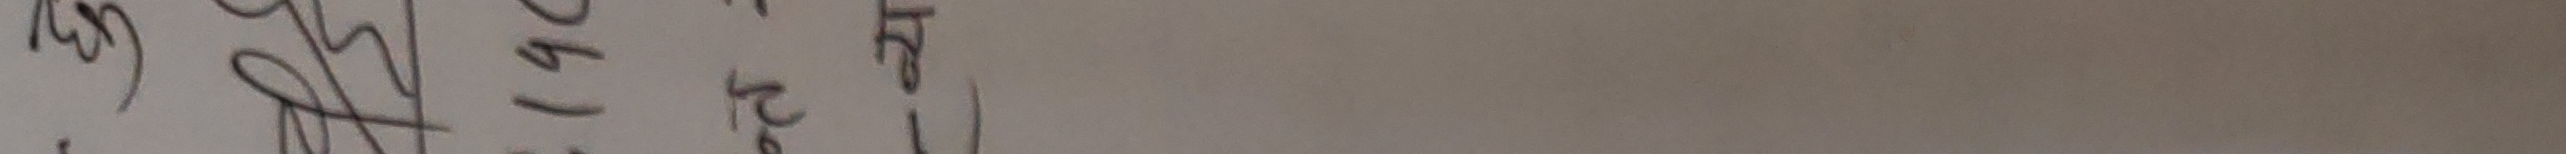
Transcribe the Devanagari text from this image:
३६। २४२। के)